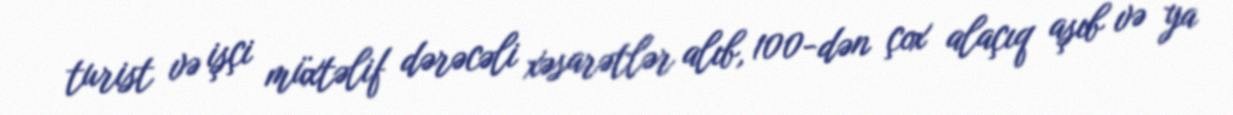
turist və işçi müxtəlif dərəcəli xəsarətlər alıb, 100-dən çox alaçıq aşıb və ya